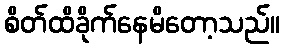
စိတ်ထိခိုက်နေမိတော့သည်။